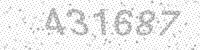
Solution: 431687